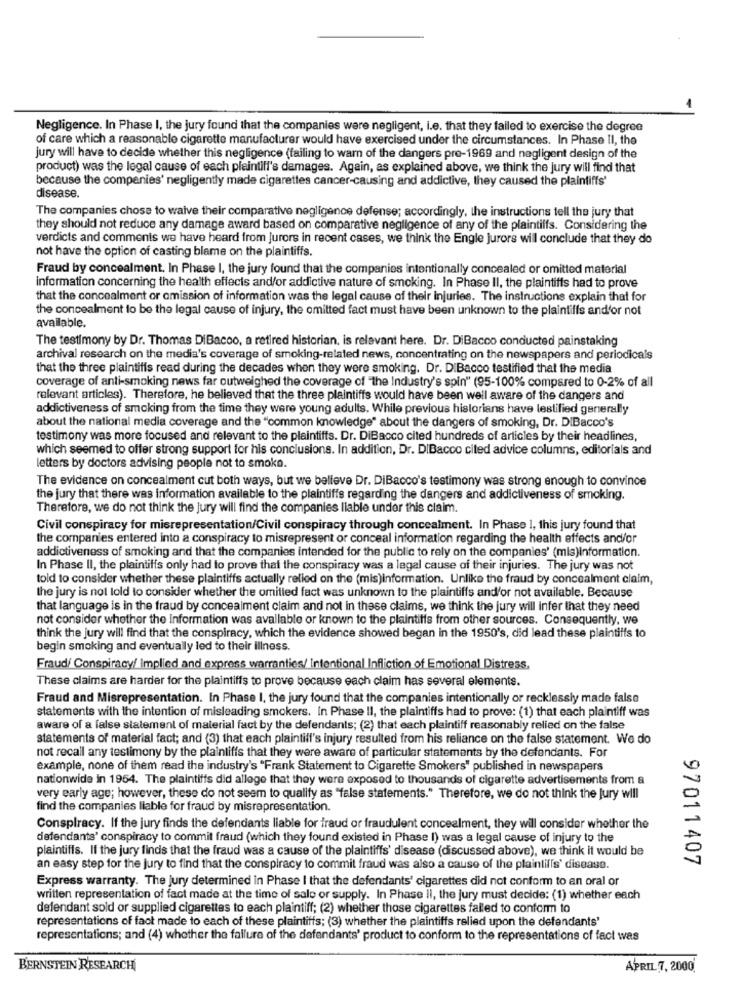
Negligence. In Phase I, the jury found that the companies were negligent, i.e. that they failed to exercise the degree
of care which a reasonable cigarette manufacturer would have exercised under the circumstances. In Phase II, the
jury will have to decide whether this negligence (failing to warn of the dangers pre-1969 and negligent design of the
product) was the legal cause of each plaintiff's damages. Again, as explained above, we think the jury will find that
because the companies' negligently made cigarettes cancer-causing and addictive, they caused the plaintiffs'
disease.
The companies chose to waive their comparative negligence defense; accordingly, the instructions tell the jury that
they should not reduce any damage award based on comparative negligence of any of the plaintiffs. Considering the
verdicts and comments we have heard from jurors in recent cases, we think the Engle jurors will conclude that they do
not have the option of casting blame on the plaintiffs.
Fraud by concealment. In Phase I, the jury found that the companies intentionally concealed or omitted material
information concerning the health effects and/or addictive nature of smoking. In Phase II, the plaintiffs had to prove
that the concealment or omission of information was the legal cause of their injuries. The instructions explain that for
the concealment to be the legal cause of injury, the omitted fact must have been unknown to the plaintiffs and'or not
available.
The testimony by Dr. Thomas DiBacco, a retired historian, is relevant here. Dr. DiBacco conducted painstaking
archival research on the media's coverage of smoking-related news, concentrating on the newspapers and periodicals
that the three plaintiffs read during the decades when they were smoking. Dr. DIBacco testified that the media
coverage of anti-smoking news far outweighed the coverage of "the Industry's spin" (95-100% compared to 0-2% of all
relevant articles). Therefore, he believed that the three plaintiffs would have been well aware of the dangers and
addictiveness of smoking from the time they were young adults. While previous historians have lestified generally
about the national media coverage and the "common knowledge" about the dangers of smoking, Dr. DIBacco's
testimony was more focused and relevant to the plaintiffs. Dr. DiBacco cited hundreds of articles by their headlines,
which seemed to offer strong support for his conclusions. In addition, Dr. DIBacco cited advice columns, editorials and
letters by doctors advising people not to smoke.
The evidence on concealment cut both ways, but we believe Dr. DiBacco's testimony was strong enough to convince
the jury that there was information available to the plaintiffs regarding the dangers and addictiveness of smoking.
Therefore, we do not think the jury will find the companies liable under this claim.
Civil conspiracy for misrepresentation/Civil conspiracy through concealment. In Phase 1, this jury found that
the companies entered into a conspiracy to misrepresent or conceal information regarding the health effects and/or
addictiveness of smoking and that the companies intended for the public to rely on the companies' (mis)information.
In Phase II, the plaintiffs only had to prove that the conspiracy was a legal cause of their injuries. The jury was not
told to consider whether these plaintiffs actually relied on the (mis)information. Unlike the fraud by concealment claim,
the jury is not told to consider whether the omitted fact was unknown to the plaintiffs and/or not available. Because
that language is in the fraud by concealment claim and not in these claims, we think the jury will infer that they need
not consider whether the Information was available or known to the plaintiffs from other sources. Consequently, we
think the jury will find that the conspiracy, which the evidence showed began in the 1950's, did lead these plaintiffs to
begin smoking and eventually led to their illness.
Fraud/ Conspiracy/ Implied and express warranties/ Intentional Infliction of Emotional Distress,
These claims are harder for the plaintiffs to prove because each claim has several elements.
Fraud and Misrepresentation. In Phase I, the jury found that the companies intentionally or recklessly made false
statements with the intention of misleading smokers. In Phase II, the plaintiffs had to prove: (1) that each plaintiff was
aware of a false statement of material fact by the defendants; (2) that each plaintiff reasonably relied on the false
statements of material fact; and (3) that each plaintill's injury resulted from his reliance on the false statement. We do
not recall any testimony by the plaintiffs that they were aware of particular statements by the defendants. For
example, none of them read the industry's "Frank Statement to Cigarette Smokers" published in newspapers
nationwide in 1954. The plaintiffs did allege that they were exposed to thousands of cigarette advertisements from a
very early age; however, these do not seem to qualify as "false statements." Therefore, we do not think the jury will
find the companies liable for fraud by misrepresentation.
Conspiracy. If the jury finds the defendants liable for fraud or fraudulent concealment, they will consider whether the
defendants' conspiracy to commit fraud (which they found existed in Phase I) was a legal cause of injury to the
plaintiffs. If the jury finds that the fraud was a cause of the plaintiffs' disease (discussed above), we think it would be
an easy step for the jury to find that the conspiracy to commit fraud was also a cause of the plaintiffs' disease.
97011407
Express warranty. The jury determined in Phase I that the defendants' cigarettes did not conform to an oral or
written representation of fact made at the time of sale or supply. In Phase Il, the jury must decide: (1) whether each
defendant sold or supplied cigarettes to each plaintiff; (2) whether those cigarettes failed to conform to
representations of fact made to each of these plaintiffs; (3) whether the plaintiffs relied upon the defendants'
representations; and (4) whether the failure of the defendants' product to conform to the representations of fact was
BERNSTEIN RESEARCH
APRIL 7, 2000